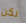
لكن